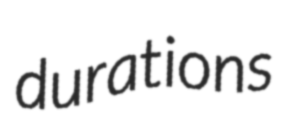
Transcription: durations